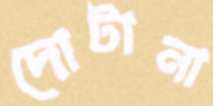
দোটানা